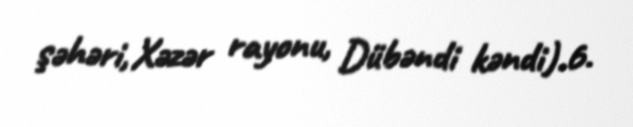
şəhəri, Xəzər rayonu, Dübəndi kəndi).6.